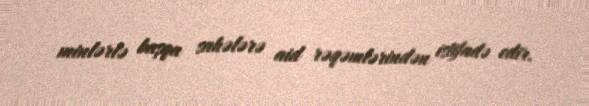
minlərlə başqa sahələrə aid rəqəmlərindən istifadə edir.